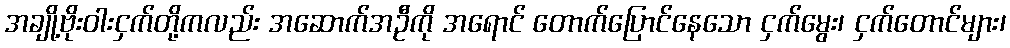
အချို့ဗိုးဝါးငှက်တို့ကလည်း အဆောက်အဦကို အရောင် တောက်ပြောင်နေသော ငှက်မွေး၊ ငှက်တောင်များ၊